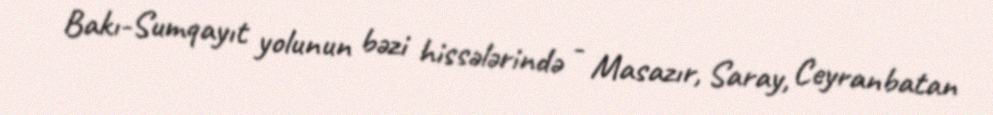
Bakı-Sumqayıt yolunun bəzi hissələrində - Masazır, Saray, Ceyranbatan